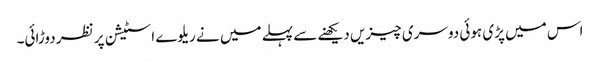
اس میں پڑی ہوئی دوسری چیزیں دیکھنے سے پہلے میں نے ریلوے اسٹیشن پر نظر دوڑائی۔